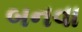
બનવા